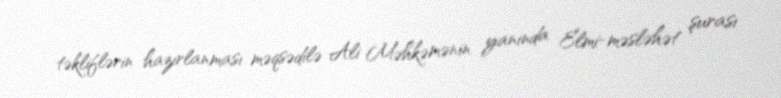
təkliflərin hazırlanması məqsədilə Ali Məhkəmənin yanında Elmi-məsləhət şurası